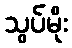
သွပ်မိုး